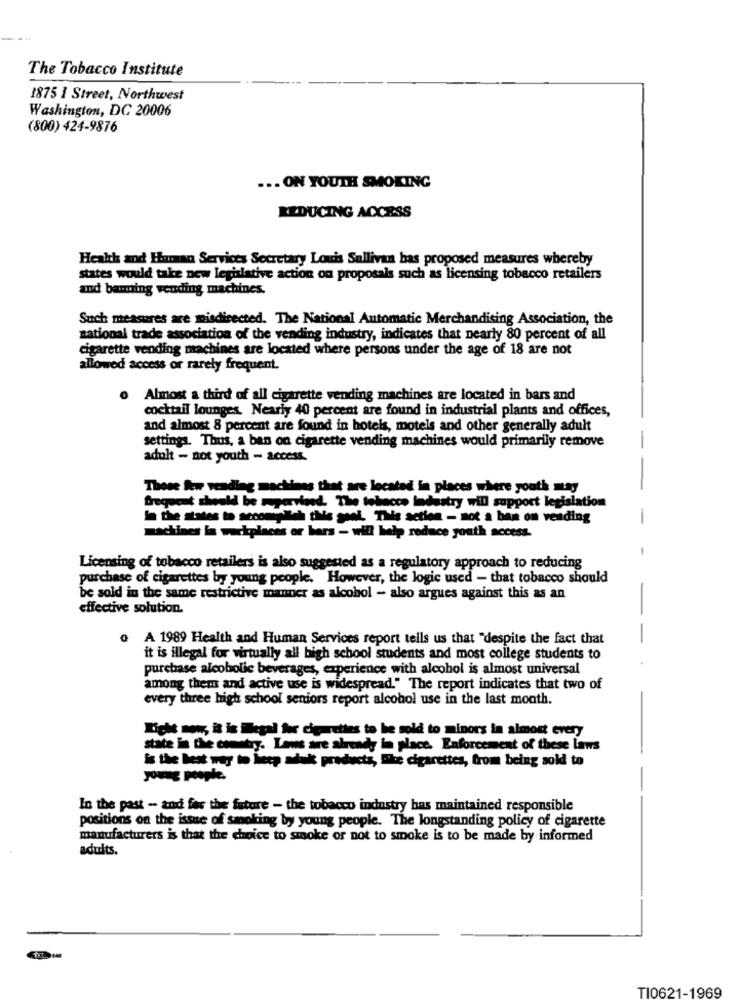
The Tobacco Institute
1875 1 Street, Northwest
Washington, DC 20006
(800) 424-9876
... ON YOUTH SMOKING
REDUCING ACCESS
Health and Human Services Secretary Louis Sullivan bas proposed measures whereby
states would take new legislative action on proposals such as licensing tobacco retailers
and banning vending machines.
Such measures are misdirected. The National Automatic Merchandising Association, the
national trade association of the vending industry, indicates that nearly 80 percent of all
cigarette vending machines are located where persons under the age of 18 are not
allowed access or rarely frequent.
Almost a third of all cigarette vending machines are located in bars and
cocktail lounges. Nearly 40 percent are found in industrial plants and offices,
and almost 8 percent are found in hotels, motels and other generally adult
settings. Thus, a ban on cigarette vending machines would primarily remove
-
adult - not youth - access.
Those kw vending machines that are located in places where youth may
frequent should be supervised. The tobacco industry will support legislation
In the states to scoomtalteh this goal. This action - not a ban on vending
machines la workplaces or bars - will help reduce youth access.
Licensing of tobacco retailers is also suggested as a regulatory approach to reducing
purchase of cigarettes by young people. However, the logic used - that tobacco should
be sold in the same restrictive manner as alcohol - also argues against this as an
effective solution.
o A 1989 Health and Human Services report tells us that "despite the fact that
it is illegal for virtually all high school students and most college students to
purchase alcoholic beverages, experience with alcohol is almost universal
among them and active use is widespread." The report indicates that two of
every three high school seniors report alcohol use in the last month.
Right now, it is ilegal for cigarettes to be sold to minors in almost every
state in the country. Laws are already in place. Enforcement of these Laws
is the best way to heep aduk products, The cigarettes, from being sold to
young people.
In the past - and for the future - the tobacco industry has maintained responsible
positions on the issue of smoking by young people. The longstanding policy of cigarette
manufacturers is that the choice to smoke or not to smoke is to be made by informed
adults.
TI0621-1969